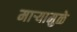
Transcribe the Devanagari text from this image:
माऱ्यामुळे